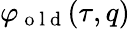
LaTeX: \varphi_{\mathrm{~o~l~d~}}(\tau,q)